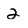
Character: 2